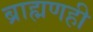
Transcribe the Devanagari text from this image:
ब्राह्मणही